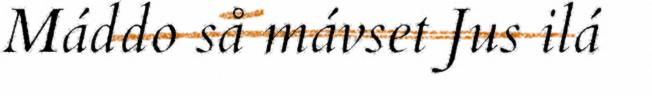
Máddo så mávset Jus ilá